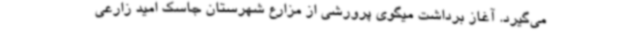
می‌گیرد. آغاز برداشت میگوی پرورشی از مزارع شهرستان جاسک امید زارعی